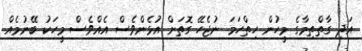
އަދި ގާތްތިމާގެ މީހުން ހިތްހަމަ ނުޖެހޭ ގޮތަށް އުޅެންވެސް އެއްވެސް މީހަކު ބޭނުމެއް